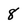
Character: 8